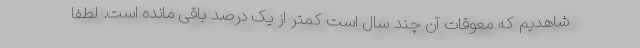
شاهدیم که معوقات آن چند سال است کمتر از یک درصد باقی مانده است. لطفاً